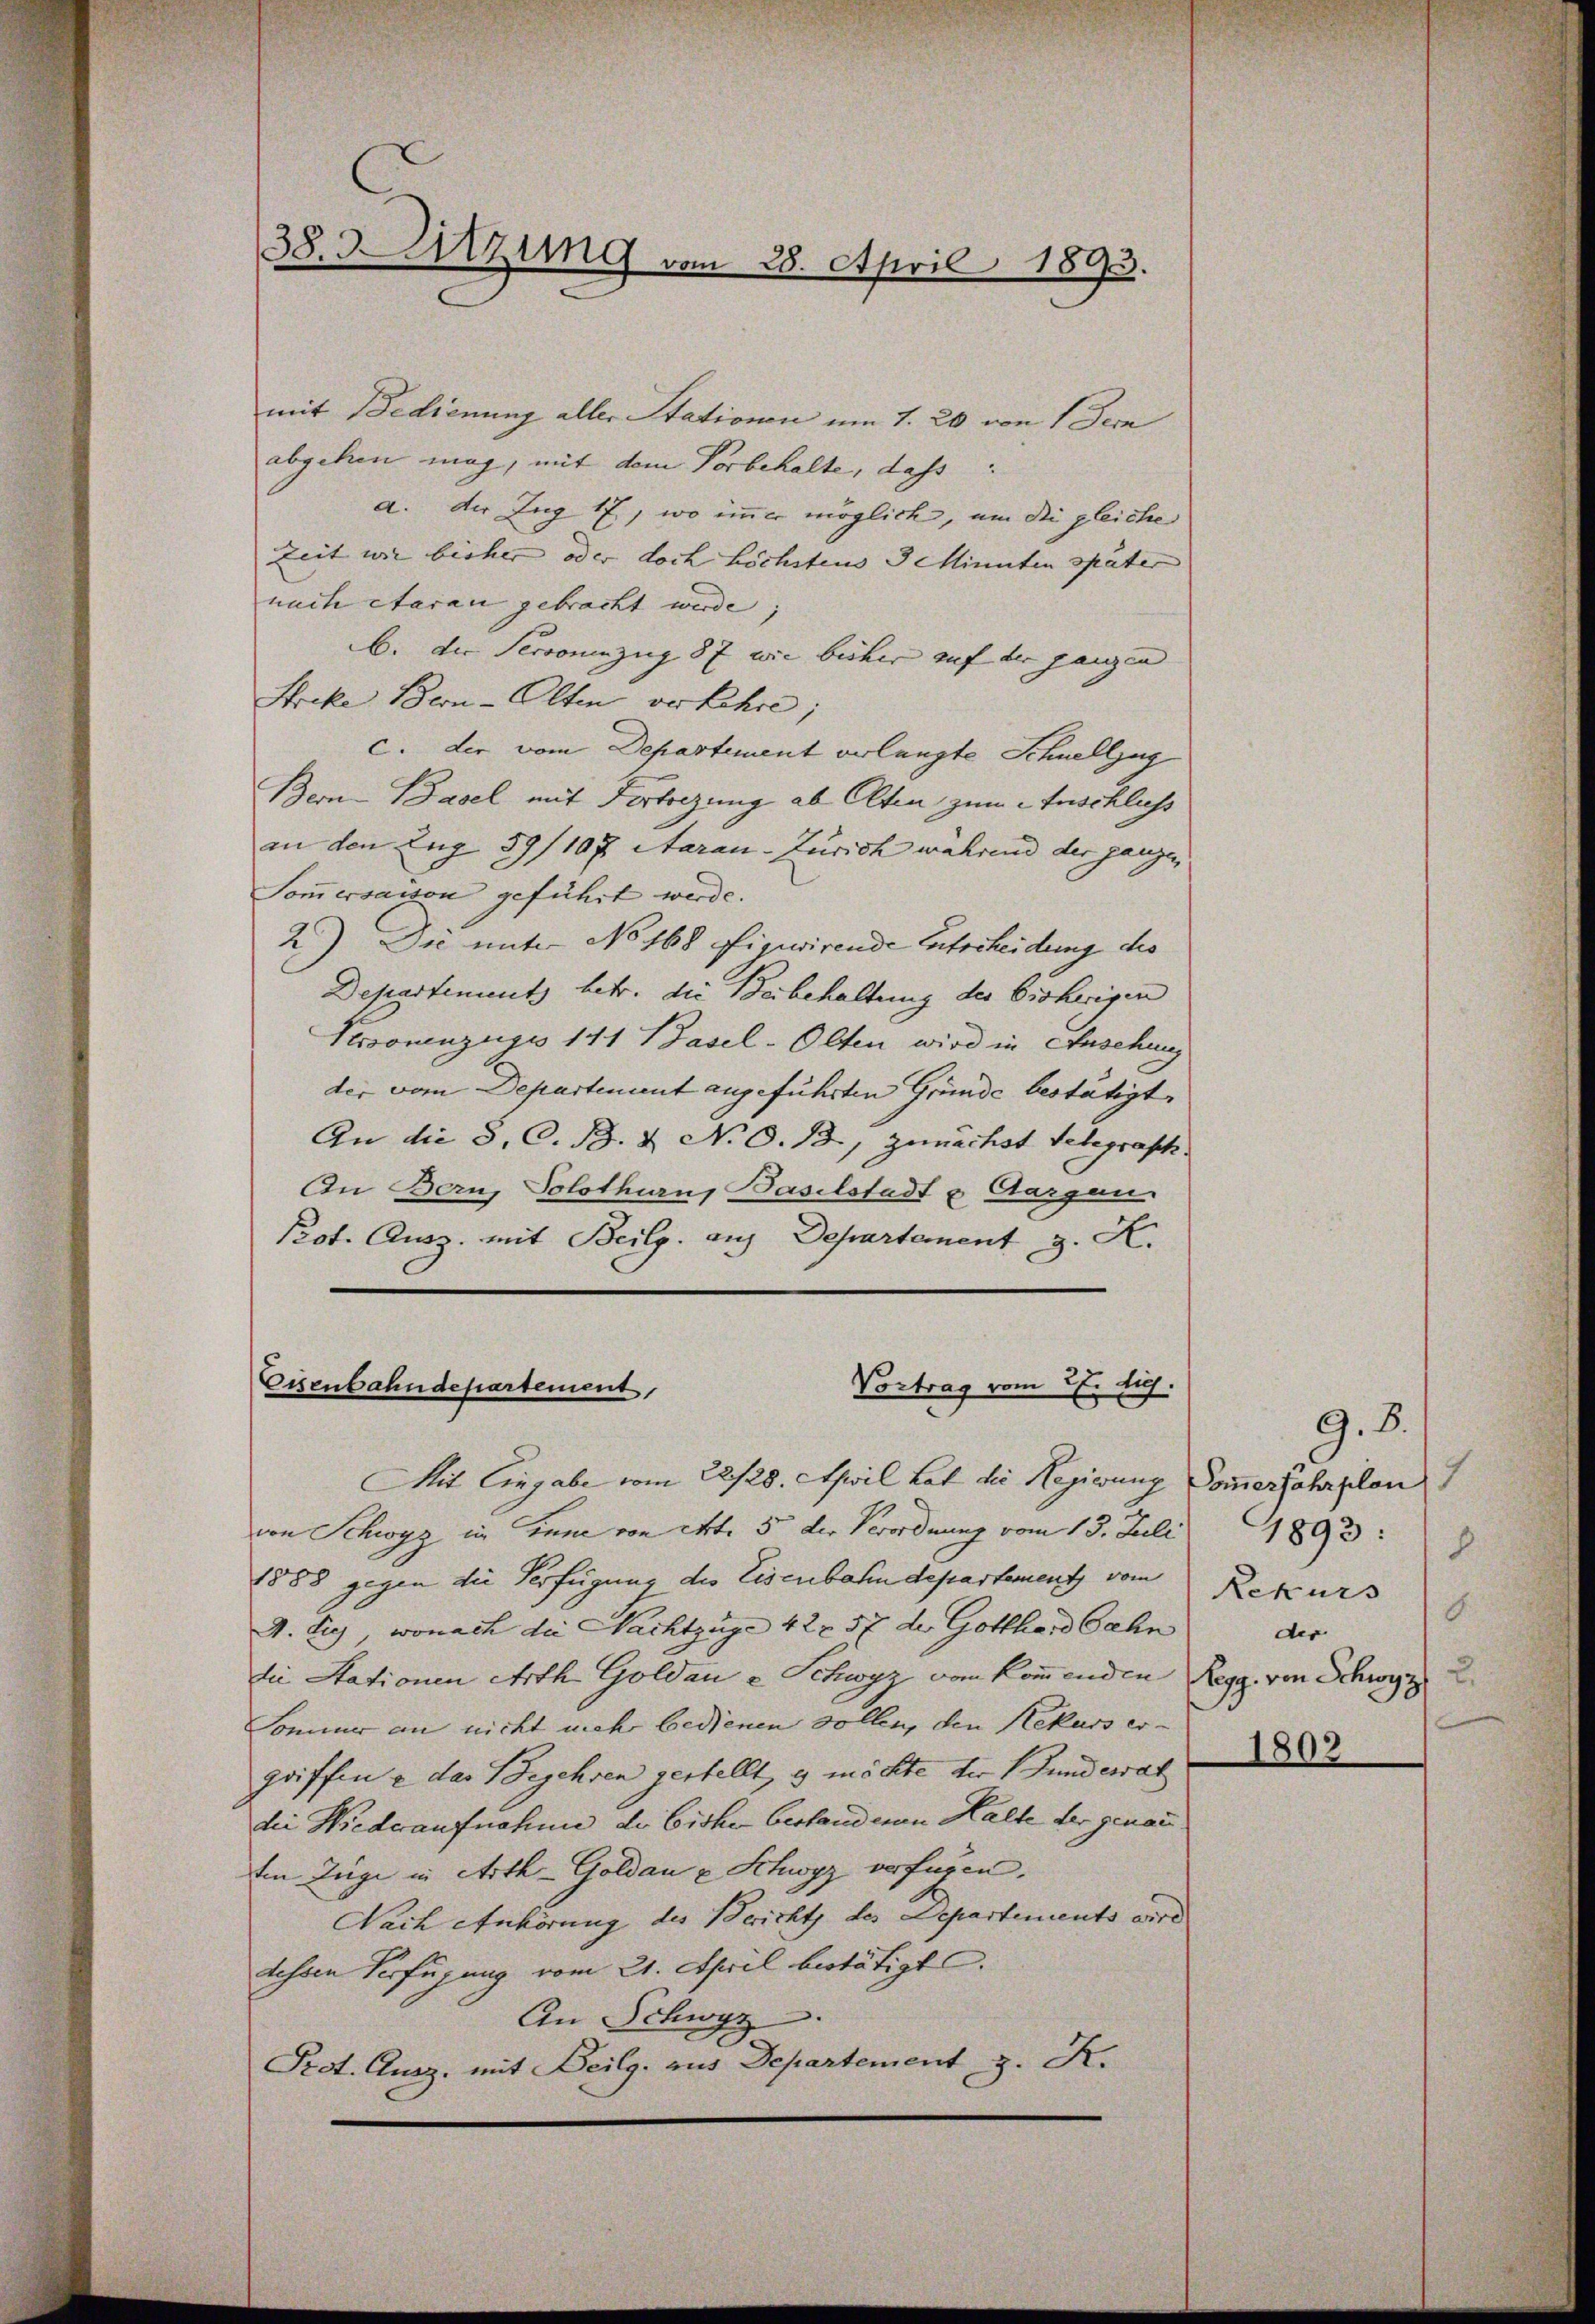
38. Sitzung vom 28. April 1893.

mit Bedienung aller Stationen um 1. 20 von 1 Sein
abgehen mag, mit dem Vorbehalte, dass
a. der Zug 17, wo immer möglich, um die gleiche
Zeit wie bisher oder doch höchstens 3 Minuten später |
nach etaran gebracht werde;
b. die Personenzug 87 wie bisher auf der ganzen
Strike Bern-Olten verkehre;
c. der vom Departement verlangte Schnellzug
Bern-Basel mit Fertigung ab Alten zum Anschluss
an den Zug 59/107 Aarau-Zürich während der ganzen
Somersaison geführt werde.
2) Die unter No 168 figurirende Entscheidung des
Departement) betr. die Beibehaltung des bisherigen
Personenzugs 141 Basel-Olten wird in Ansehung
der vom Departement angeführten Gründe bestätigt,
An die S. C. B. & N. O. 13, zunächst Telegraph
An Bern, Solothurn, Baselstadt u. Aargen
Prot. Ausz. mit Beilg. aus Departement z. K.

Vortrag vom 27. huj.
Eisenbahndepartement,
Mit Eingabe vom 22/28. April hat die Regierung Sommerfahrplan

von Schwyz in Linne von Art. 5 der Verordnung vom 15. Juli
1888 gegen die Verfügung des Eisenbahndepartement vom
A. Sie, wonach die Nachtzüge 42 x 57 de Gotthardbahn
die Stationen Arth Goldau - Schwyz von kommenden Regg von Schwyz
Sommer an nicht mehr bedienen sollen, den Rekurs er-
griffen & das Begehren gestellt, es möchte der Bundesrat
die Wiederaufnahme de bisher bestand von Halte der genau
Ein Züge in Arth-Goldau & Schwyz verfügen.
Nach Anhörung des Berichts des Departements wird
dessen Verfügung vom 21. April bestätigt.
An Schwyz
Prot. Ausz, mit Beilg. aus Departement z. K.

1893:
8
Rekurs
E.
der

1803

9.8.